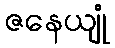
ဇနေယျုံ